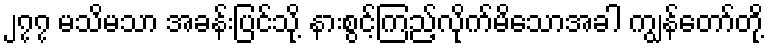
၂၇၇ မသိမသာ အခန်းပြင်သို့ နားစွင့်ကြည့်လိုက်မိသောအခါ ကျွန်တော်တို့